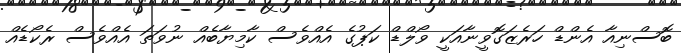
ބޮސްނިއާ އެންޑް ހަރެޒަގޮވީނާއަކީ ވޯލްޑް ކަޕުގެ އެއްވެސް ކާމިޔާބެއް ނުވަތަ އެއްވެސް ރެކޯޑެއް